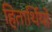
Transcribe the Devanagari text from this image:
हितार्थियों